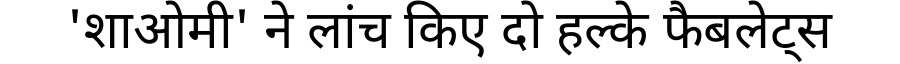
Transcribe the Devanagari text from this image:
'शाओमी' ने लांच किए दो हल्के फैबलेट्स